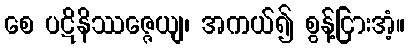
စေ ပဋိနိဿဇ္ဇေယျ၊ အကယ်၍ စွန့်ငြားအံ့။